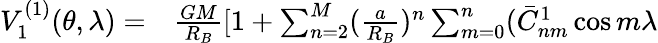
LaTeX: \begin{array}{rl}{V_{1}^{(1)}(\theta,\lambda)=}&{{}\frac{GM}{R_{B}}[1+\sum_{n=2}^{M}(\frac{a}{R_{B}})^{n}\sum_{m=0}^{n}(\bar{C}_{nm}^{1}\cos m\lambda}\end{array}